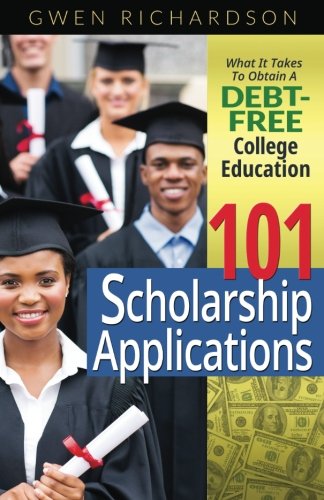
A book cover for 101 Scholarship Applications: What It Takes To Obtain A Debt-Free College Education; Gwen Richardson; Education & Teaching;